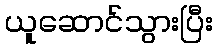
ယူဆောင်သွားပြီး